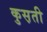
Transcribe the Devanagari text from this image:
कुस़ती